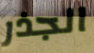
الجذر